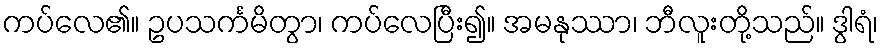
ကပ်လေ၏။ ဥပသင်္ကမိတွာ၊ ကပ်လေပြီး၍။ အမနုဿာ၊ ဘီလူးတို့သည်။ ဒွါရံ၊